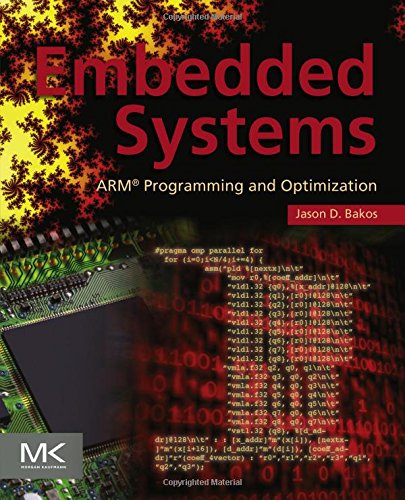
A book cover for Embedded Systems: ARM Programming and Optimization; Jason D. Bakos; Computers & Technology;